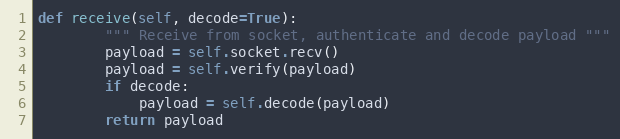
Language: Python
def receive(self, decode=True):
        """ Receive from socket, authenticate and decode payload """
        payload = self.socket.recv()
        payload = self.verify(payload)
        if decode:
            payload = self.decode(payload)
        return payload